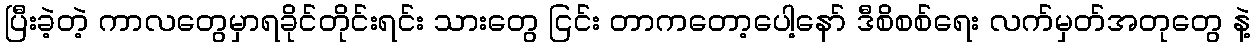
ပြီးခဲ့တဲ့ ကာလတွေမှာရခိုင်တိုင်းရင်း သားတွေ ငြင်း တာကတော့ပေါ့နော် ဒီစိစစ်ရေး လက်မှတ်အတုတွေ နဲ့